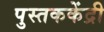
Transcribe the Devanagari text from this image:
पुस्तककेंद्री